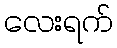
လေးရက်